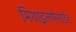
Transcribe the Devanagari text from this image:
मिथाइलफेनाडेट